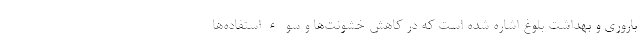
باروری و بهداشت بلوغ اشاره شده است که در کاهش خشونت‌ها و سوءاستفاده‌ها